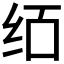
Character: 𰬄